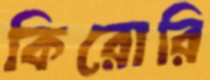
কিরোরি